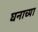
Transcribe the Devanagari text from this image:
घनाच्या